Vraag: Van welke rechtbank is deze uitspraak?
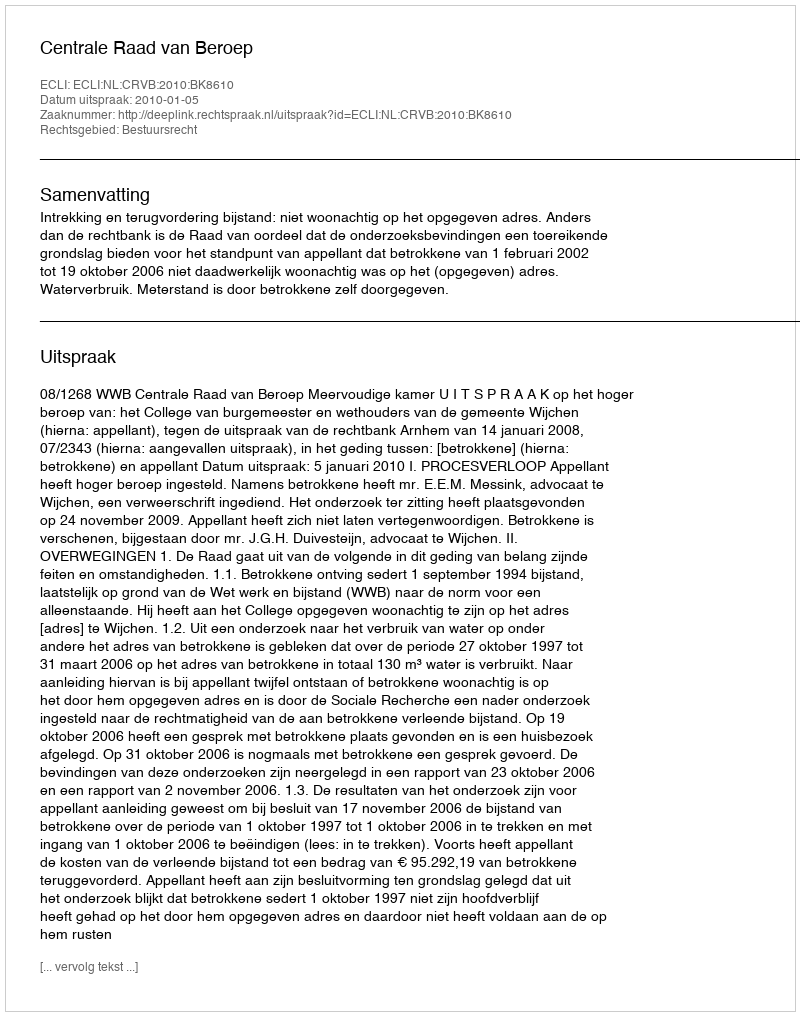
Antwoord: Centrale Raad van Beroep